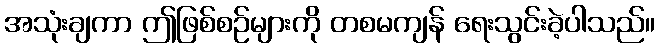
အသုံးချကာ ဤဖြစ်စဉ်များကို တစမကျန် ရေးသွင်းခဲ့ပါသည်။